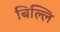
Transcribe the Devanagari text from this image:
बिल्लि